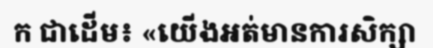
ក ជាដើម៖ «យើងអត់មានការសិក្សា